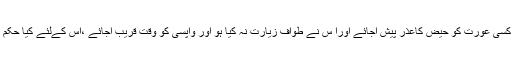
اگر کسی عورت کو حیض کاعذر پیش آجائے اورا س نے طواف زیارت نہ کیا ہو اور واپسی کو وقت قریب آجائے ،اس کےلئے کیا حکم ہے۔